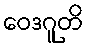
ဝေဒဂူတိ